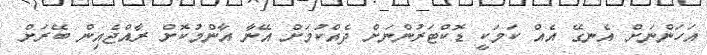
އަހަންނަށް އެނގޭ އެއް ކަމަކީ ޑޮކްޓަރުންނަށް ދެއްކުމަށް އޭނާ އާންމުކޮށް ރާއްޖެއިން ބޭރަށް